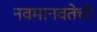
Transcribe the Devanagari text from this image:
नवमानवतेची